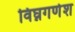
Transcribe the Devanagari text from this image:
विघ्नगणेश